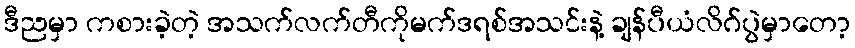
ဒီညမှာ ကစားခဲ့တဲ့ အသက်လက်တီကိုမက်ဒရစ်အသင်းနဲ့ ချန်ပီယံလိဂ်ပွဲမှာတော့